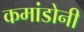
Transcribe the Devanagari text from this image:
कमांडोनी